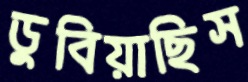
ডুবিয়াছিস